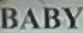
BABY